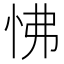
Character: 怫